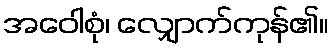
အဝေါစုံ၊ လျှောက်ကုန်၏။